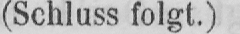
(Schluss folgt.)